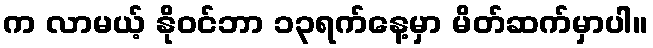
က လာမယ့် နိုဝင်ဘာ ၁၃ရက်နေ့မှာ မိတ်ဆက်မှာပါ။